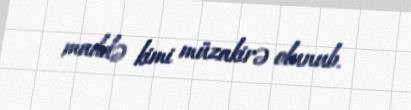
maddə kimi müzakirə olunub.